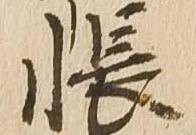
帳